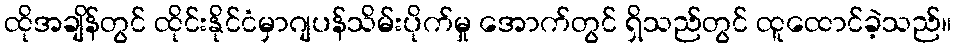
ထိုအချိန်တွင် ထိုင်းနိုင်ငံမှာဂျပန်သိမ်းပိုက်မှု အောက်တွင် ရှိသည်တွင် ထူထောင်ခဲ့သည်။